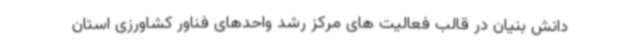
دانش بنیان در قالب فعالیت های مرکز رشد واحدهای فناور کشاورزی استان